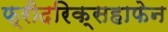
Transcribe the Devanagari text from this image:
फ्रीदरिक्सहाफेन